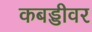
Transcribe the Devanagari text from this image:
कबड्डीवर